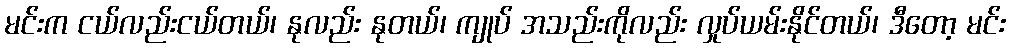
မင်းက ငယ်လည်းငယ်တယ်၊ နုလည်း နုတယ်၊ ကျုပ် အသည်းကိုလည်း လှုပ်ယမ်းနိုင်တယ်၊ ဒီတော့ မင်း